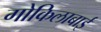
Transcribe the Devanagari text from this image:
गोकिलाबाई